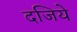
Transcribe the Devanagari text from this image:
दजिये